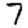
Digit: 7